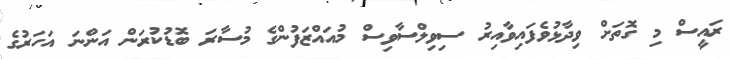
ރައީސް މި ގޮތަށް ވިދާޅުވެފައިވާއިރު ސިވިލްސާވިސް މުއައްޒަފުންގެ މުސާރަ ބޮޑުކުރަން އަންނަ އަހަރުގެ